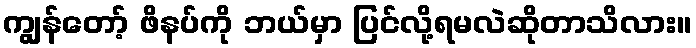
ကျွန်တော့် ဖိနပ်ကို ဘယ်မှာ ပြင်လို့ရမလဲဆိုတာသိလား။